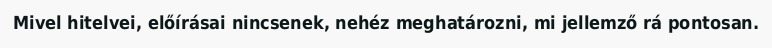
Mivel hitelvei, előírásai nincsenek, nehéz meghatározni, mi jellemző rá pontosan.